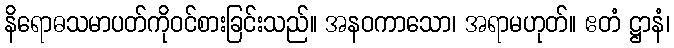
နိရောဓသမာပတ်ကိုဝင်စားခြင်းသည်။ အနဝကာသော၊ အရာမဟုတ်။ ဧတံ ဋ္ဌာနံ၊